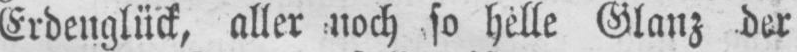
Glanz der